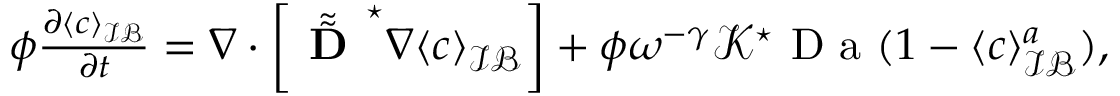
\begin{array} { r } { \phi \frac { \partial \langle c \rangle _ { \mathcal { I B } } } { \partial t } = \nabla \cdot \left[ \tilde { \tilde { \textbf { D } } } ^ { \star } \nabla \langle c \rangle _ { \mathcal { I B } } \right] + \phi \omega ^ { - \gamma } \mathcal { K } ^ { \star } \mathrm { ~ D ~ a ~ } ( 1 - \langle c \rangle _ { \mathcal { I B } } ^ { a } ) , } \end{array}